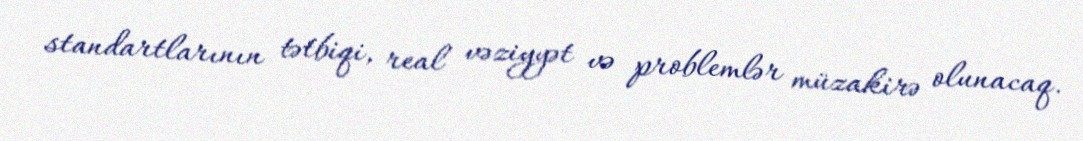
standartlarının tətbiqi, real vəziyyət və problemlər müzakirə olunacaq.